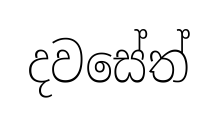
දවසේත්